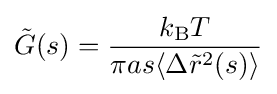
{\tilde {G}}(s)={\frac {k_{\mathrm {B} }T}{\pi as\langle \Delta {\tilde {r}}^{2}(s)\rangle }}